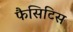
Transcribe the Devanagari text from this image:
फैसिटिस